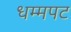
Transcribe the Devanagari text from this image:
धम्मपट